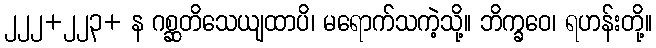
၂၂၂+၂၂၃+ န ဂစ္ဆတိသေယျထာပိ၊ မရောက်သကဲ့သို့။ ဘိက္ခဝေ၊ ရဟန်းတို့။